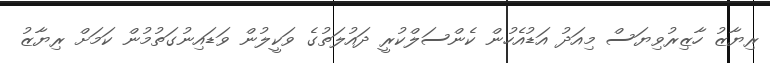
ރިޔާޒު ހާޒިރުވިޔަސް މިއަދު އަޑުއެހުން ކެންސަލްކުރީ ދައުލަތުގެ ވަކީލުން ވަޑައިނުގަތުމުން ކަމަށް ރިޔާޒު